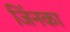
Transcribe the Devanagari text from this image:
जिंनका